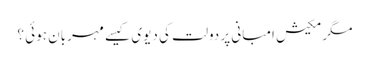
مگر مکیش امبانی پر دولت کی دیوی کیسے مہربان ہوئی ؟